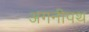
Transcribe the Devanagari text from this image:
अगनीपथ